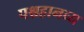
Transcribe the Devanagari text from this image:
पश्चहानव्य